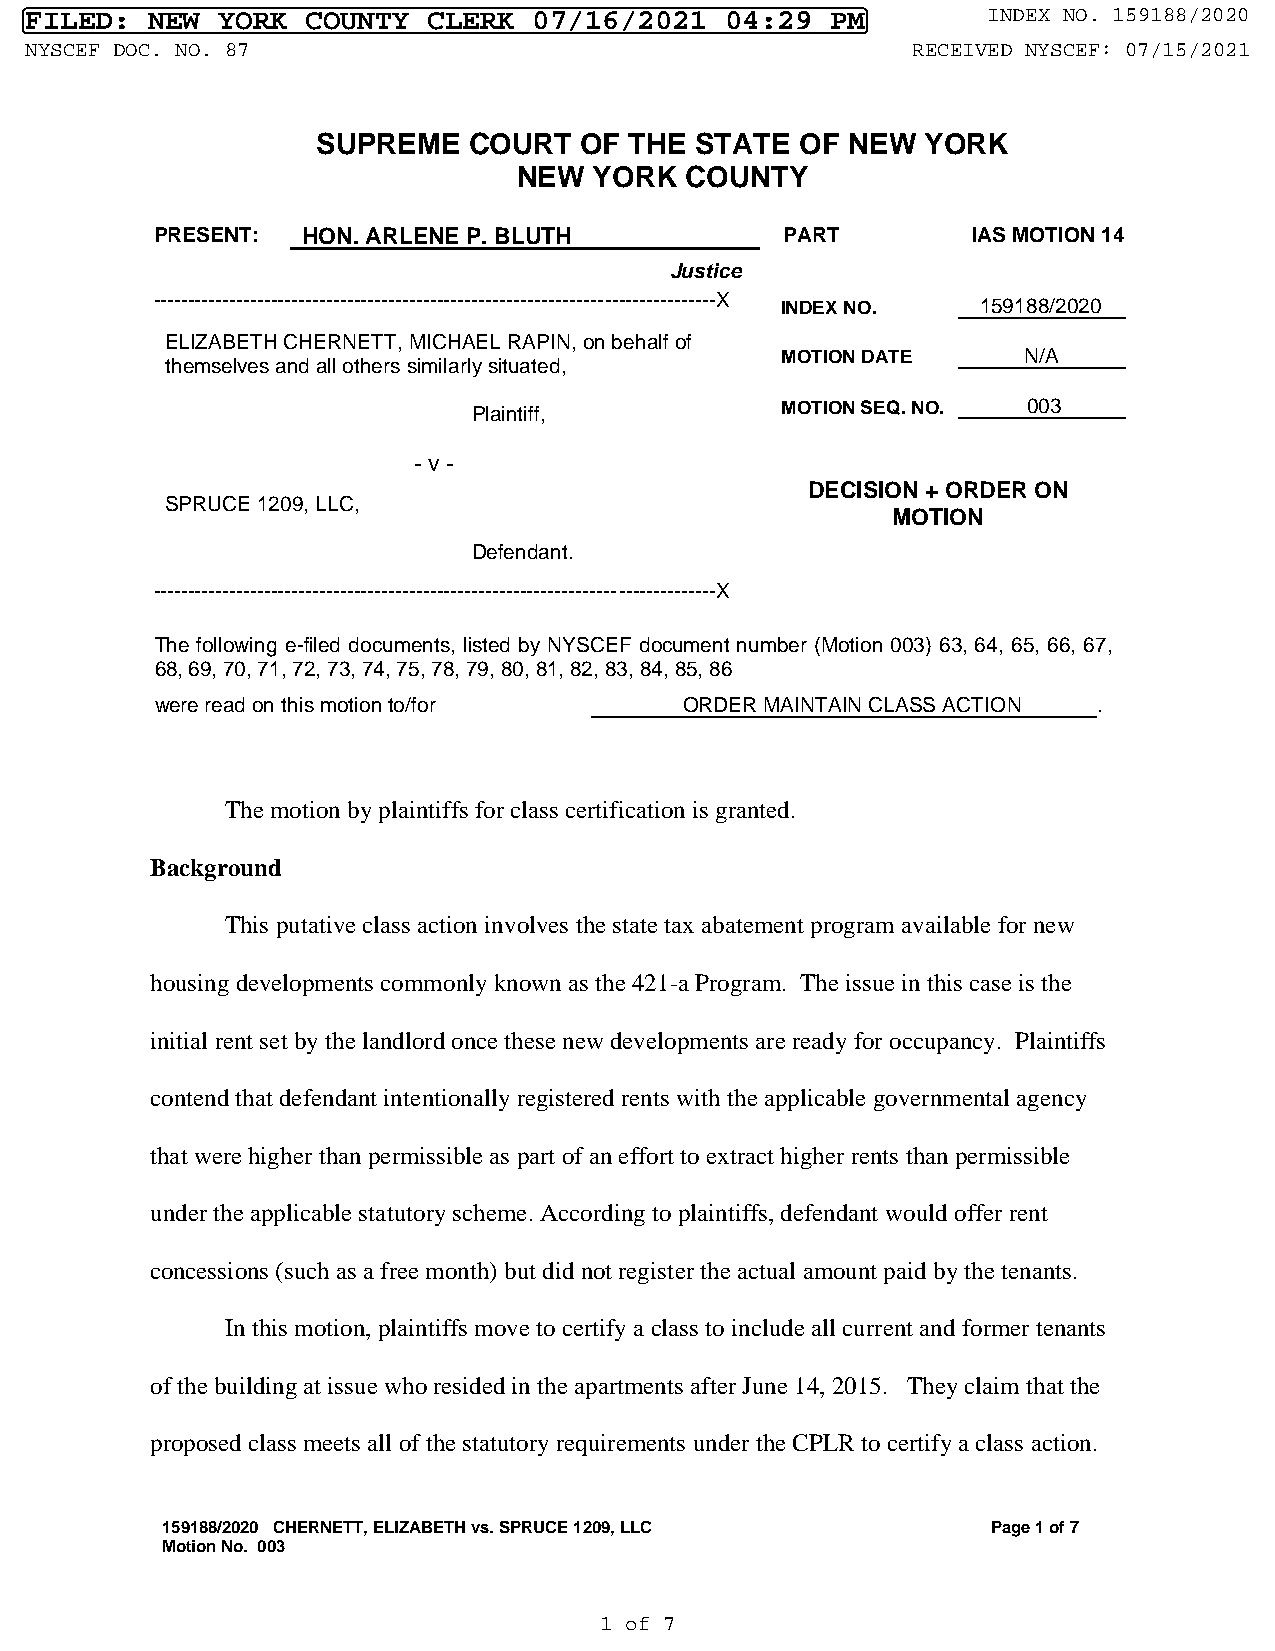
FILED:  NEW YORK  COUNTY  CLERK  07/16/2021   04:29  PM        INDEX NO. 159188/2020
 NYSCEF DOC. NO. 87                                        RECEIVED NYSCEF: 07/15/2021
 SUPREME   COURT  OF  THE STATE  OF NEW  YORK
 NEW  YORK  COUNTY
 PRESENT:  HON. ARLENE P. BLUTH            PART        IAS MOTION 14
 Justice
 ---------------------------------------------------------------------------------X
 INDEX NO.    159188/2020
 ELIZABETH CHERNETT, MICHAEL RAPIN, on behalf of
 MOTION DATE     N/A
 themselves and all others similarly situated,
 Plaintiff,           MOTION SEQ. NO. 003
 - v -
 DECISION + ORDER ON
 SPRUCE 1209, LLC,
 MOTION
 Defendant.
 ---------------------------------------------------------------------------------X
 The following e-filed documents, listed by NYSCEF document number (Motion 003) 63, 64, 65, 66, 67,
 68, 69, 70, 71, 72, 73, 74, 75, 78, 79, 80, 81, 82, 83, 84, 85, 86
 were read on this motion to/for    ORDER MAINTAIN CLASS ACTION .
 The motion by plaintiffs for class certification is granted.
 Background
 This putative class action involves the state tax abatement program available for new
 housing developments commonly known as the 421-a Program. The issue in this case is the
 initial rent set by the landlord once these new developments are ready for occupancy. Plaintiffs
 contend that defendant intentionally registered rents with the applicable governmental agency
 that were higher than permissible as part of an effort to extract higher rents than permissible
 under the applicable statutory scheme. According to plaintiffs, defendant would offer rent
 concessions (such as a free month) but did not register the actual amount paid by the tenants.
 In this motion, plaintiffs move to certify a class to include all current and former tenants
 of the building at issue who resided in the apartments after June 14, 2015. They claim that the
 proposed class meets all of the statutory requirements under the CPLR to certify a class action.
 159188/2020 CHERNETT, ELIZABETH vs. SPRUCE 1209, LLC   Page 1 of 7
 Motion No. 003
 1 of 7